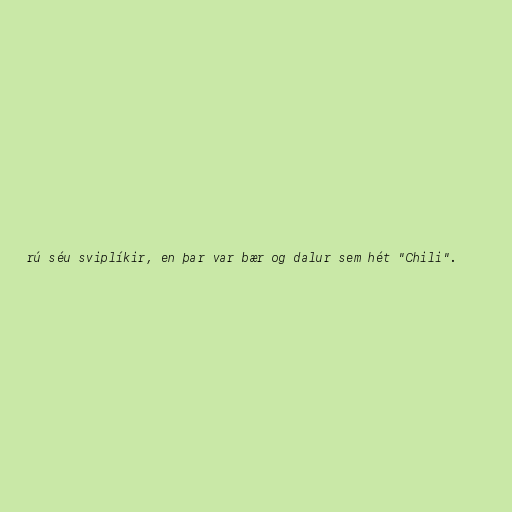
rú séu sviplíkir, en þar var bær og dalur sem hét "Chili".